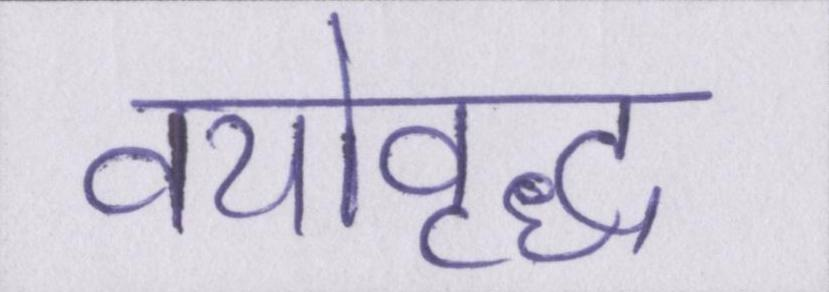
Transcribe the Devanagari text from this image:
वयोवृद्ध